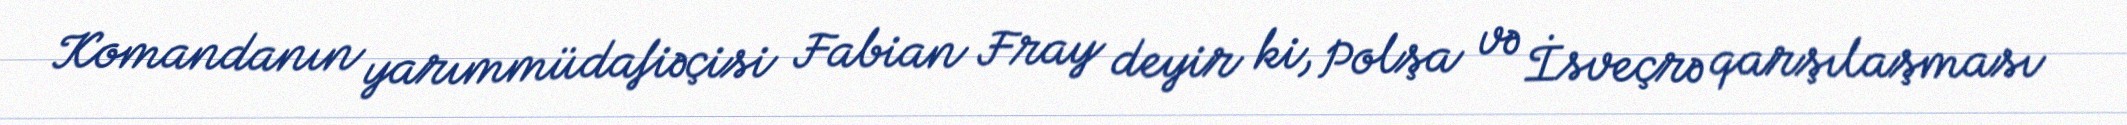
Komandanın yarımmüdafiəçisi Fabian Fray deyir ki, Polşa və İsveçrə qarşılaşması